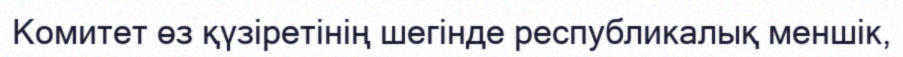
Комитет өз қүзіретінің шегінде республикалық меншік,